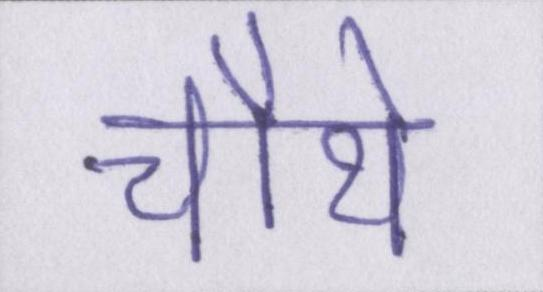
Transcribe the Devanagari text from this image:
चौथे